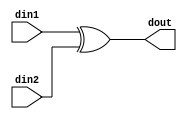
module xorr (input din1, din2, output dout);

assign dout = din1 ^ din2;

endmodule